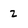
Character: Z